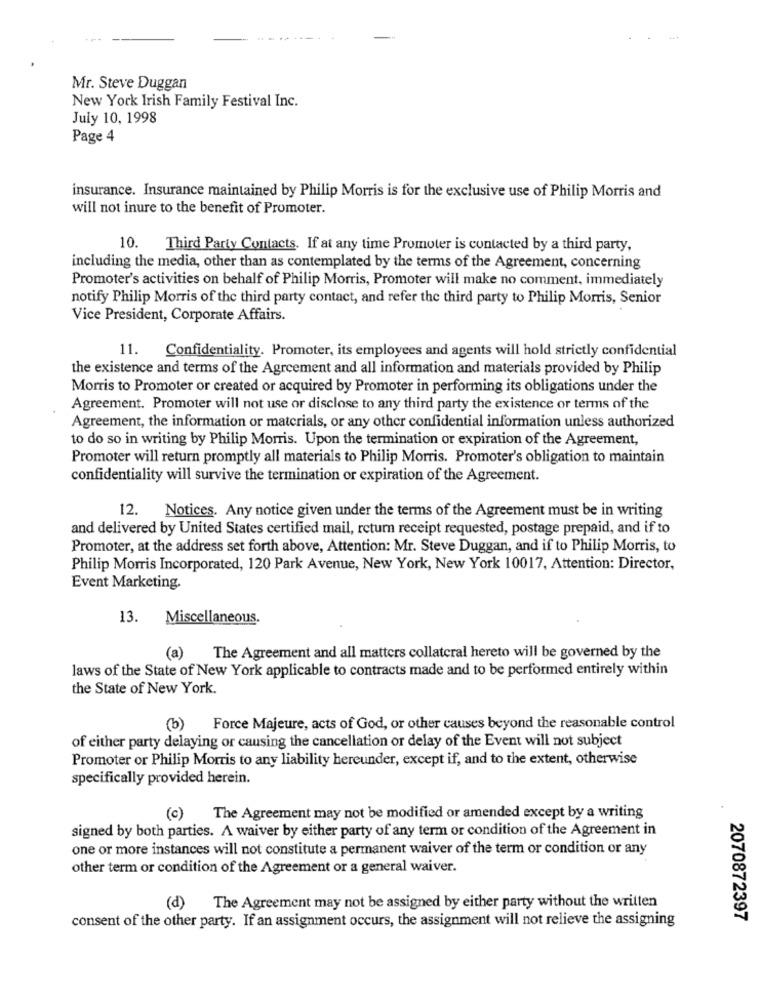
Mr. Steve Duggan
New York Irish Family Festival Inc.
July 10, 1998
Page 4
insurance. Insurance maintained by Philip Morris is for the exclusive use of Philip Morris and
will not inure to the benefit of Promoter.
10.
Third Party Contacts. If at any time Promoter is contacted by a third party,
including the media, other than as contemplated by the terms of the Agreement, concerning
Promoter's activities on behalf of Philip Morris, Promoter will make no comment, immediately
notify Philip Morris of the third party contact, and refer the third party to Philip Morris, Senior
Vice President, Corporate Affairs.
11.
Confidentiality. Promoter, its employees and agents will hold strictly confidential
the existence and terms of the Agreement and all information and materials provided by Philip
Morris to Promoter or created or acquired by Promoter in performing its obligations under the
Agreement. Promoter will not use or disclose to any third party the existence or terms of the
Agreement, the information or materials, or any other confidential information unless authorized
to do so in writing by Philip Morris. Upon the termination or expiration of the Agreement,
Promoter will return promptly all materials to Philip Morris. Promoter's obligation to maintain
confidentiality will survive the termination or expiration of the Agreement.
12. Notices. Any notice given under the terms of the Agreement must be in writing
and delivered by United States certified mail, return receipt requested, postage prepaid, and if to
Promoter, at the address set forth above, Attention: Mr. Steve Duggan, and if to Philip Morris, to
Philip Morris Incorporated, 120 Park Avenue, New York, New York 10017, Attention: Director,
Event Marketing.
13. Miscellaneous.
(a)
The Agreement and all matters collateral hereto will be governed by the
laws of the State of New York applicable to contracts made and to be performed entirely within
the State of New York.
(b) Force Majeure, acts of God, or other causes beyond the reasonable control
of either party delaying or causing the cancellation or delay of the Event will not subject
Promoter or Philip Morris to any liability hereunder, except if, and to the extent, otherwise
specifically provided herein.
(c)
The Agreement may not be modified or amended except by a writing
signed by both parties. A waiver by either party of any term or condition of the Agreement in
one or more instances will not constitute a permanent waiver of the term or condition or any
other term or condition of the Agreement or a general waiver.
(d)
The Agreement may not be assigned by either party without the written
consent of the other party. If an assignment occurs, the assignment will not relieve the assigning
2070872397